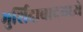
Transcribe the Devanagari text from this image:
मुर्शिदाबादमध्ये